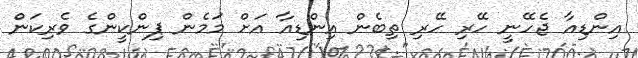
އިންޑިއާ ޖެހޭނީ ހޭރި ހޭރި ތިބެން އިންޑިއާ އަށް މަމެން ޕިންކީންގެ ވެރިކަން